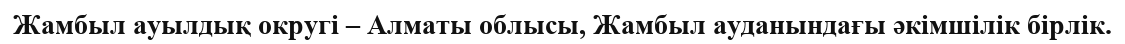
Жамбыл ауылдық округі – Алматы облысы, Жамбыл ауданындағы әкімшілік бірлік.